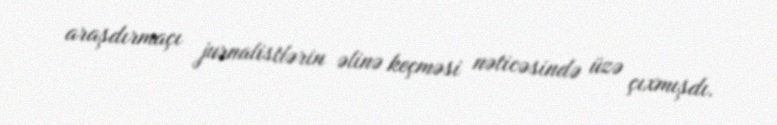
araşdırmaçı jurnalistlərin əlinə keçməsi nəticəsində üzə çıxmışdı.